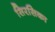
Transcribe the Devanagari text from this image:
सिरसिका